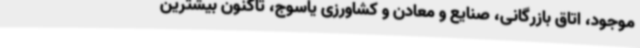
موجود، اتاق بازرگانی، صنایع و معادن و کشاورزی یاسوج، تاکنون بیشترین